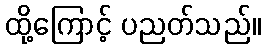
ထို့ကြောင့် ပညတ်သည်။